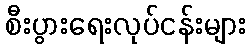
စီးပွားရေးလုပ်ငန်းများ